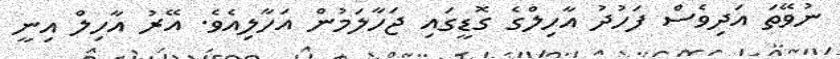
ނުވޭތަ އަދިވެސް ފަހުދު އާހިލްގެ ގޮޑީގައި ޖަހާލަމުން އަހާލިއެވެ. އޭރު އާހިލް އިނީ